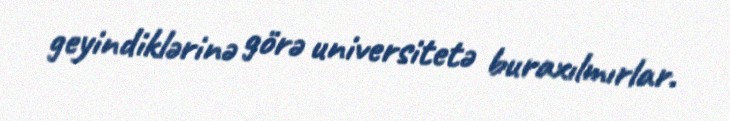
geyindiklərinə görə universitetə buraxılmırlar.